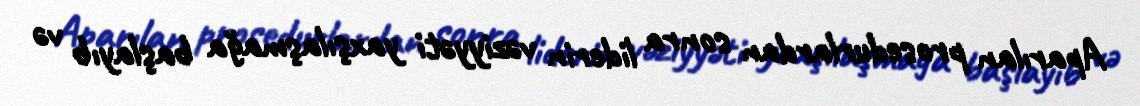
Aparılan prosedurlardan sonra liderin vəziyyəti yaxşılaşmağa başlayıb və